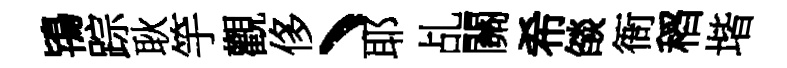
鴇踪耿竽觀侈丶耶乩關希燄衙稻堦